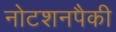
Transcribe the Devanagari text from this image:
नोटशनपैकी